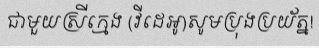
ជាមួយស្រីក្មេង (វីដេអូ)សូមប្រុងប្រយ័ត្ន!